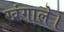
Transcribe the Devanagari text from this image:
खंगाले।